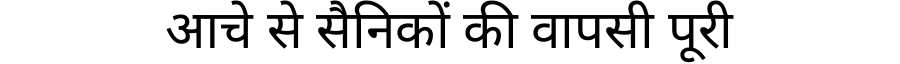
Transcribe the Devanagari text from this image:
आचे से सैनिकों की वापसी पूरी